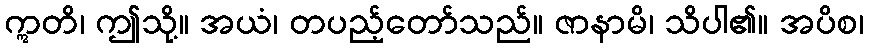
ဣတိ၊ ဤသို့။ အယံ၊ တပည့်တော်သည်။ ဇာနာမိ၊ သိပါ၏။ အပိစ၊